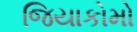
જિયાકોમો